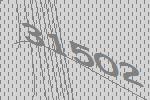
31502